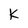
Character: k